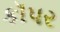
કૉપર